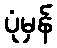
ပုံမှန်